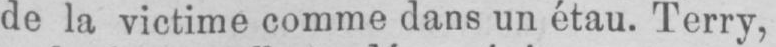
de la victime comme dans un étau. Terry,